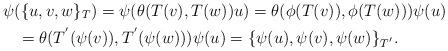
LaTeX: \begin{align*} &\psi(\{u,v,w\}_{T})=\psi(\theta(T(v),T(w))u)=\theta(\phi(T(v)),\phi(T(w)))\psi(u)\\ &\;\;\; =\theta(T^{'}(\psi(v)),T^{'}(\psi(w)))\psi(u)=\{\psi(u),\psi(v),\psi(w)\}_{T^{'}}.\end{align*}